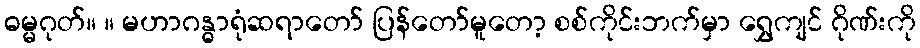
ဓမ္မဂုတ်။ ။ မဟာဂန္ဓာရုံဆရာတော် ပြန်တော်မူတော့ စစ်ကိုင်းဘက်မှာ ရွှေကျင် ဂိုဏ်းကို